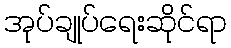
အုပ်ချုပ်ရေးဆိုင်ရာ